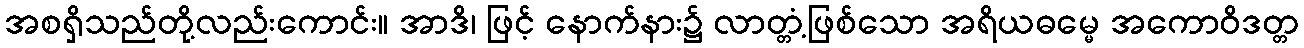
အစရှိသည်တို့လည်းကောင်း။ အာဒိ၊ ဖြင့် နောက်နား၌ လာတ္တံ့ဖြစ်သော အရိယဓမ္မေ အကောဝိဒတ္တ